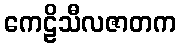
ကေဠိသီလဇာတက